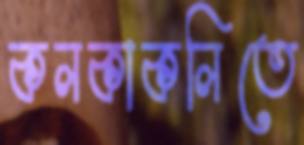
কলকাকলিতে